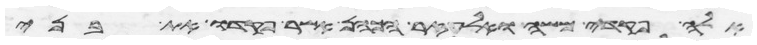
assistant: אלה פקדי משה ואלעזר הכהן אשר פקדו את בני